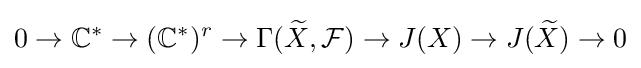
0\to \mathbb {C} ^{*}\to (\mathbb {C} ^{*})^{r}\to \Gamma ({\widetilde {X}},{\mathcal {F}})\to J(X)\to J({\widetilde {X}})\to 0